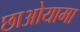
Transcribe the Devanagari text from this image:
छाओयामा